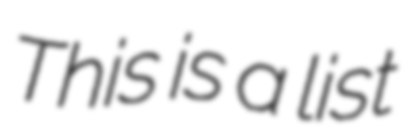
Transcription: This is a list